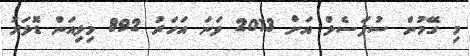
މި ގޭމުން ސުޕަސެލް އަށް 2013 ވަނަ އަހަރު 892 މިލިއަން ޑޮލަރު